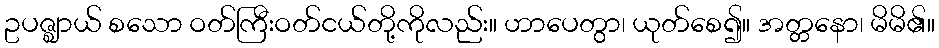
ဥပဇ္ဈာယ် စသော ဝတ်ကြီးဝတ်ငယ်တို့ကိုလည်း။ ဟာပေတွာ၊ ယုတ်စေ၍။ အတ္တနော၊ မိမိ၏။